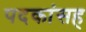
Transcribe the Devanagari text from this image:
पदकांसह